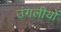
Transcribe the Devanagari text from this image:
उंगलीयों